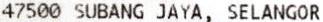
47500 SUBANG JAYA, SELANGOR